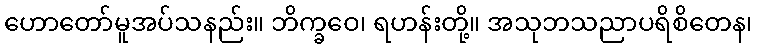
ဟောတော်မူအပ်သနည်း။ ဘိက္ခဝေ၊ ရဟန်းတို့။ အသုဘသညာပရိစိတေန၊